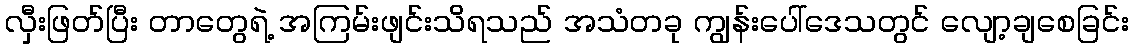
လှီးဖြတ်ပြီး တာတွေရဲ့ အကြမ်းဖျင်းသိရသည် အသံတခု ကျွန်းပေါ်ဒေသတွင် လျော့ချစေခြင်း